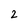
Character: 2